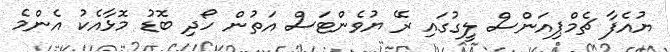
ޔުއެފާ ޗެމްޕިއަންސް ލީގުގައި ރޭ ޔުވެންޓަސް އަތުން ހޯދި ބޮޑު މޮޅާއެކު އެންމެ